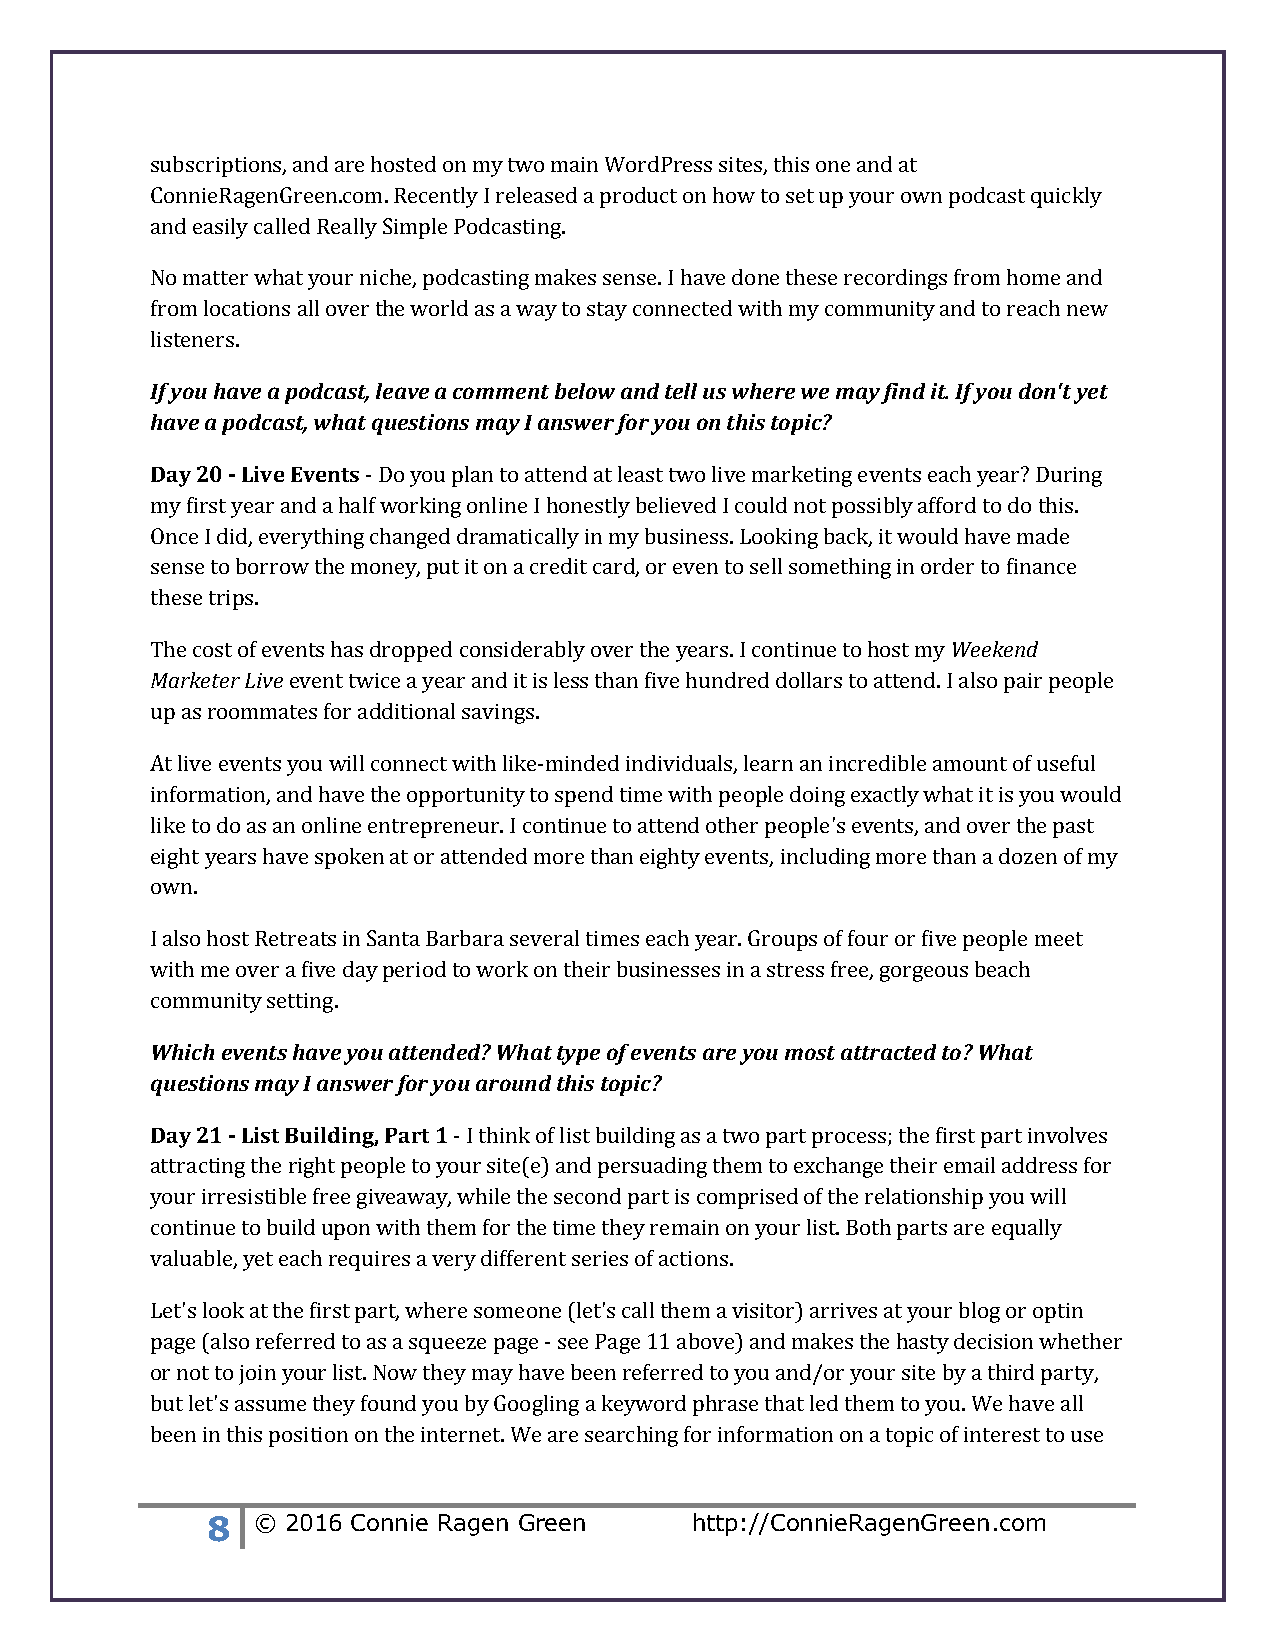
subscriptions, and are hosted on my two main WordPress sites, this one and at
 ConnieRagenGreen.com. Recently I released a product on how to set up your own podcast quickly
 and easily called Really Simple Podcasting.
 No matter what your niche, podcasting makes sense. I have done these recordings from home and
 from locations all over the world as a way to stay connected with my community and to reach new
 listeners.
 If you have a podcast, leave a comment below and tell us where we may find it. If you don't yet
 have a podcast, what questions may I answer for you on this topic?
 Day 20 - Live Events - Do you plan to attend at least two live marketing events each year? During
 my first year and a half working online I honestly believed I could not possibly afford to do this.
 Once I did, everything changed dramatically in my business. Looking back, it would have made
 sense to borrow the money, put it on a credit card, or even to sell something in order to finance
 these trips.
 The cost of events has dropped considerably over the years. I continue to host my Weekend
 Marketer Live event twice a year and it is less than five hundred dollars to attend. I also pair people
 up as roommates for additional savings.
 At live events you will connect with like-minded individuals, learn an incredible amount of useful
 information, and have the opportunity to spend time with people doing exactly what it is you would
 like to do as an online entrepreneur. I continue to attend other people's events, and over the past
 eight years have spoken at or attended more than eighty events, including more than a dozen of my
 own.
 I also host Retreats in Santa Barbara several times each year. Groups of four or five people meet
 with me over a five day period to work on their businesses in a stress free, gorgeous beach
 community setting.
 Which events have you attended? What type of events are you most attracted to? What
 questions may I answer for you around this topic?
 Day 21 - List Building, Part 1 - I think of list building as a two part process; the first part involves
 attracting the right people to your site(e) and persuading them to exchange their email address for
 your irresistible free giveaway, while the second part is comprised of the relationship you will
 continue to build upon with them for the time they remain on your list. Both parts are equally
 valuable, yet each requires a very different series of actions.
 Let's look at the first part, where someone (let's call them a visitor) arrives at your blog or optin
 page (also referred to as a squeeze page - see Page 11 above) and makes the hasty decision whether
 or not to join your list. Now they may have been referred to you and/or your site by a third party,
 but let's assume they found you by Googling a keyword phrase that led them to you. We have all
 been in this position on the internet. We are searching for information on a topic of interest to use
 8  © 2016 Connie Ragen Green    http://ConnieRagenGreen.com